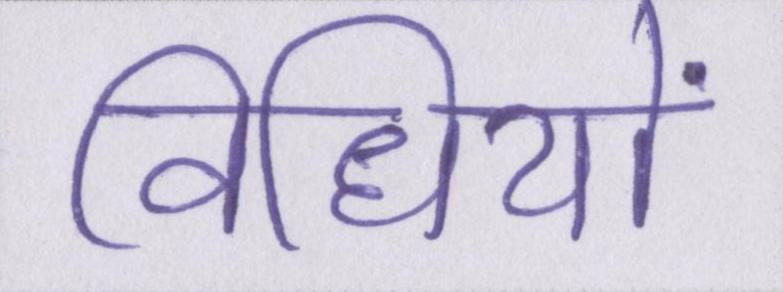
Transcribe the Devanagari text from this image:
विधियों